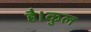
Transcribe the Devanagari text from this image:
है।कुल